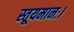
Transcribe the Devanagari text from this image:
स्तूयमानः।